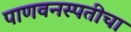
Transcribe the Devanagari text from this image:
पाणवनस्पतीचा